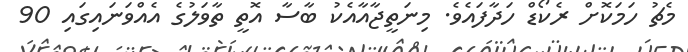
މެޗު ހަމަކޮށް ރެކޯޑް ހަދާފައެވެ. މިނަތީޖާއާއެކު ބާސާ އޮތީ ތާވަލުގެ އެއްވަނައިގައި 90